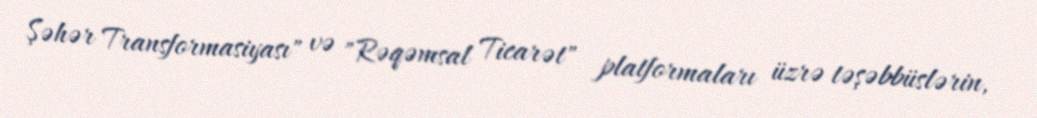
Şəhər Transformasiyası" və "Rəqəmsal Ticarət" platformaları üzrə təşəbbüslərin,